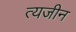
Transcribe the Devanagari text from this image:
त्यजीन